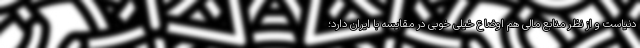
دنیاست و از نظر منابع مالی هم اوضاع خیلی خوبی در مقایسه با ایران دارد؛